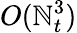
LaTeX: O(\mathbb{N}_{t}^{3})